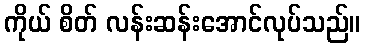
ကိုယ် စိတ် လန်းဆန်းအောင်လုပ်သည်။